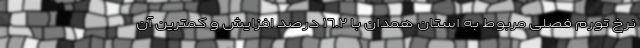
نرخ تورم فصلی مربوط به استان همدان با ١٦.٢ درصد افزایش و کمترین آن